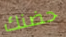
حضنك